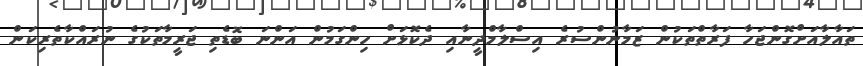
ތައާލާއަށްގޮންޖަހާ ފަރާތްތަކުން ޒަމާނުންސުރެ އިސްލާމްދީނާއި ދެކޮޅަށް ހިންގަމުން އަންނަ ބޮޑެތި ޖަރީމާތަކުގެ ނުރައްކާތެރިކަން